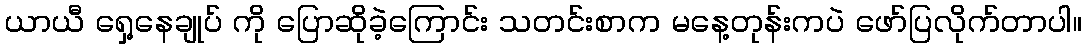
ယာယီ ရှေ့နေချုပ် ကို ပြောဆိုခဲ့ကြောင်း သတင်းစာက မနေ့တုန်းကပဲ ဖော်ပြလိုက်တာပါ။